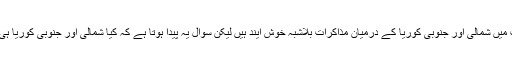
ایسے بدترین حالات میں شمالی اور جنوبی کوریا کے درمیان مذاکرات بلاشبہ خوش آیند ہیں لیکن سوال یہ پیدا ہوتا ہے کہ کیا شمالی اور جنوبی کوریا ہی متحارب ملک ہیں؟